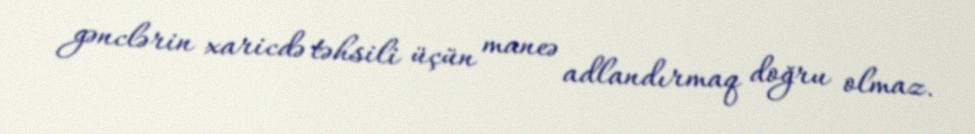
gənclərin xaricdə təhsili üçün maneə adlandırmaq doğru olmaz.